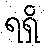
ရရှိ